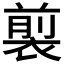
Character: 𧛯